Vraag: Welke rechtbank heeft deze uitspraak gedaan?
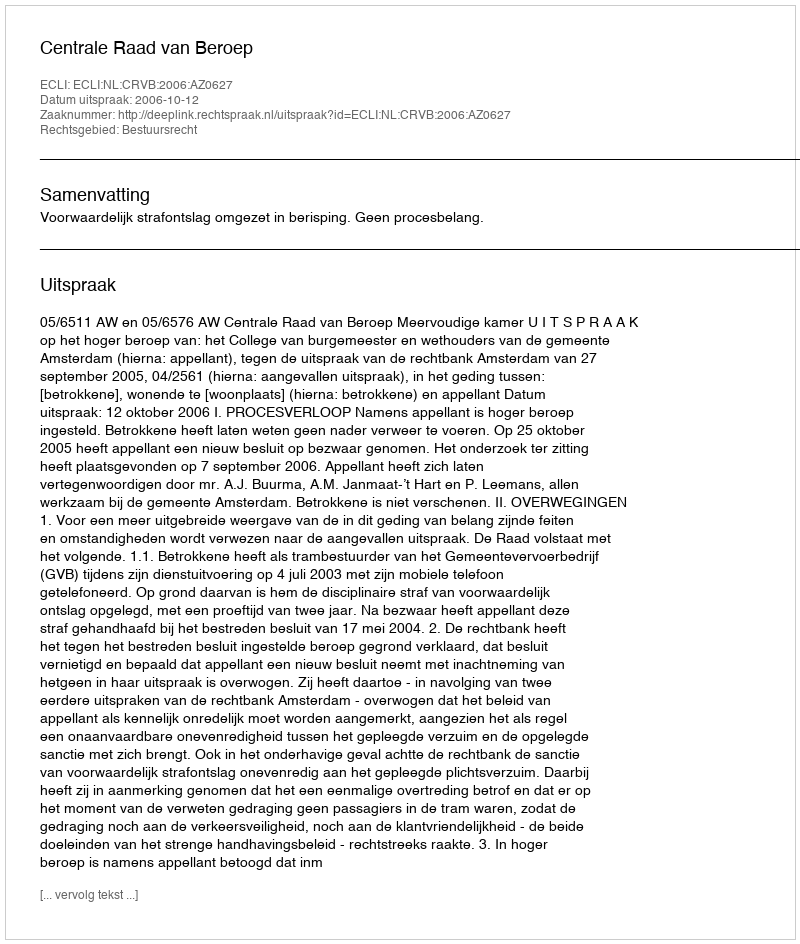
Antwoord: Centrale Raad van Beroep